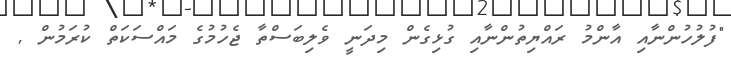
"ފުލުހުންނާއި އާންމު ރައްޔިތުންނާއި ގުޅިގެން މިދަނީ ވެލިބަސްތާ ޖެހުމުގެ މައްސަކަތް ކުރަމުން